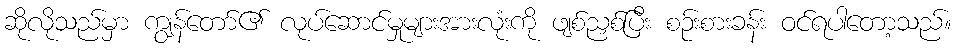
ဆိုလိုသည်မှာ ကျွန်တော်၏ လုပ်ဆောင်မှုများအားလုံးကို ဖျစ်ညှစ်ပြီး စဉ်းစားခန်း ဝင်ရပါတော့သည်။